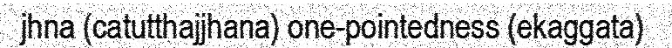
jhna (catutthajjhana) one-pointedness (ekaggata)